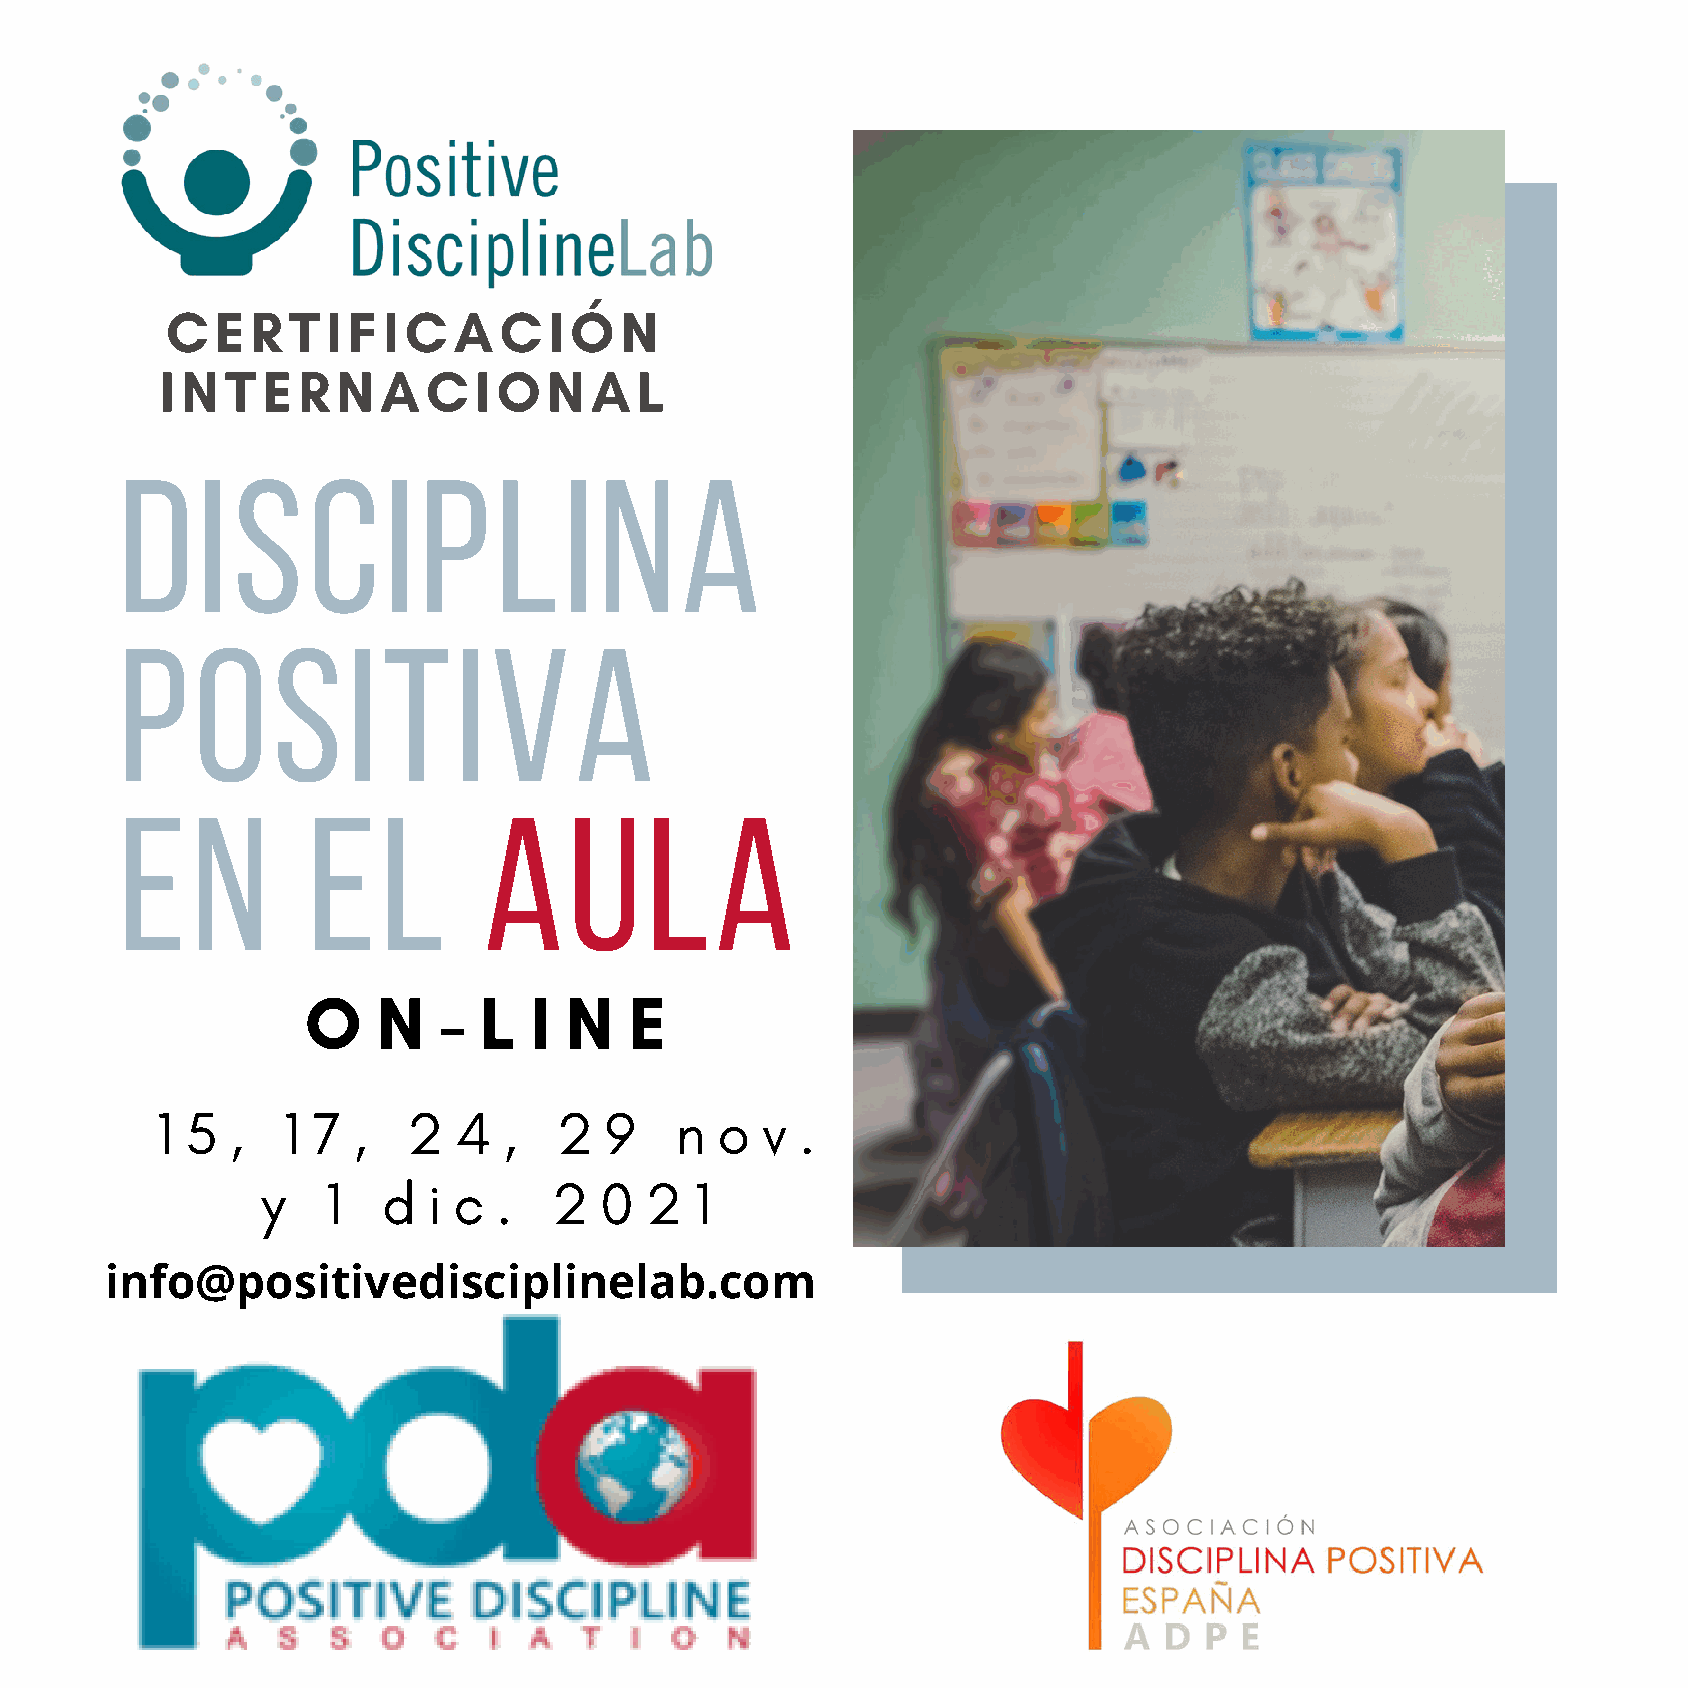
CERTIFICACIÓN
 INTERNACIONAL
 DISCIPLINA
 POSITIVA
 EN          EL          AULA
 O    N   -  L  I N    E
 1 5  ,   1 7 ,   2  4  ,   2  9    n o  v  .
 y    1  d  i c  .   2  0  2  1
 info@positivedisciplinelab.com